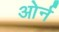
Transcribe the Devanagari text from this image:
ओर्न